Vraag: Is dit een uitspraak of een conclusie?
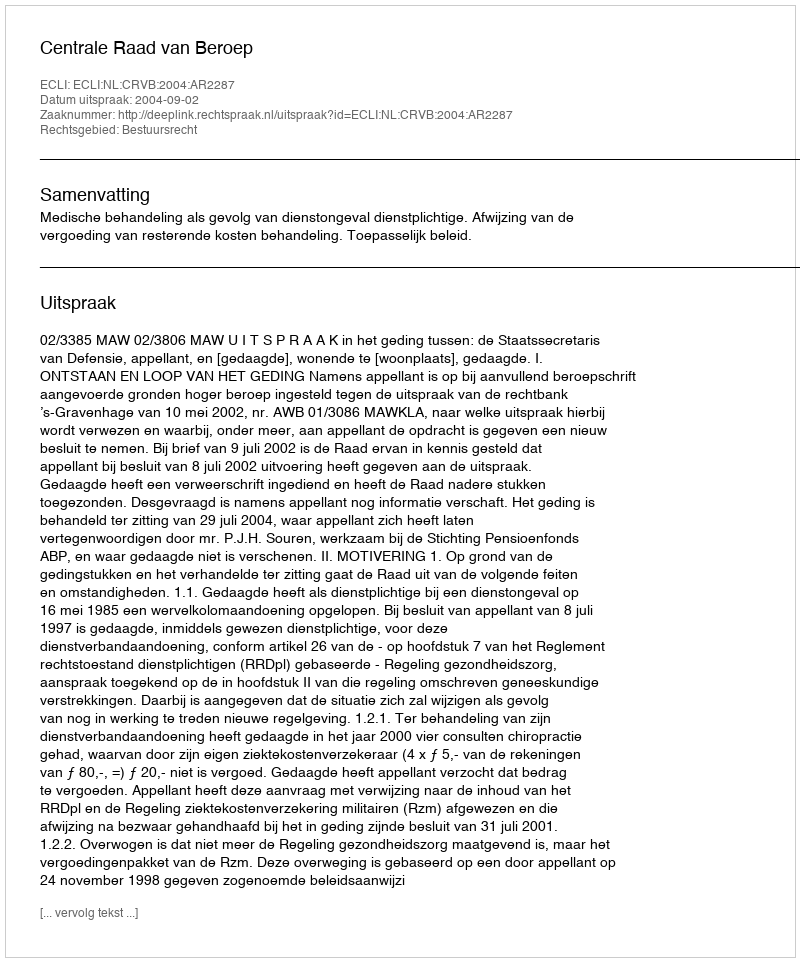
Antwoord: Uitspraak